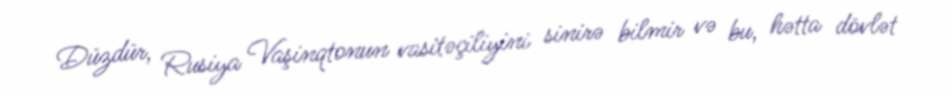
Düzdür, Rusiya Vaşinqtonun vasitəçiliyini sinirə bilmir və bu, hətta dövlət